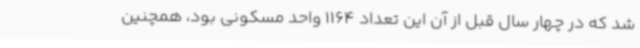
شد که در چهار سال قبل از آن این تعداد 1164 واحد مسکونی بود، همچنین